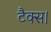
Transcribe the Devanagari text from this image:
टैक्स।